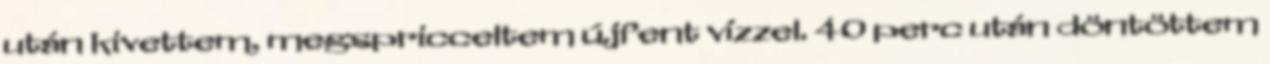
után kivettem, megspricceltem újfent vízzel. 40 perc után döntöttem